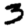
Digit: 3